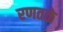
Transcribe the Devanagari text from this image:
रणतळे